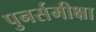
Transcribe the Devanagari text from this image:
पुनर्समीक्षा